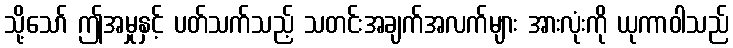
သို့သော် ဤအမှုနှင့် ပတ်သက်သည့် သတင်းအချက်အလက်များ အားလုံးကို ယုကာဝါသည်